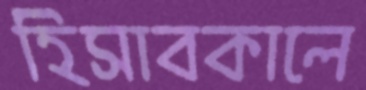
হিসাবকালে